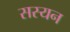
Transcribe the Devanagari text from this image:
सस्यन